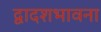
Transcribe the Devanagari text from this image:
द्वादशभावना